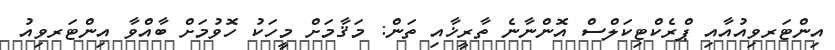
އިންޓަރވިއުއާއި ޕްރެކްޓިކަލްސް އޮންނާނެ ތާރީޚާއި ތަން: މަޤާމަށް މީހަކު ހޮވުމަށް ބާއްވާ އިންޓަރވިއު